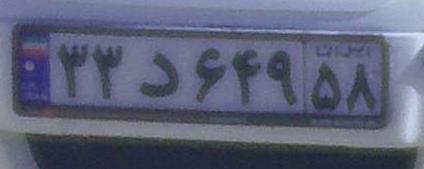
۳۳د۶۴۹۵۸